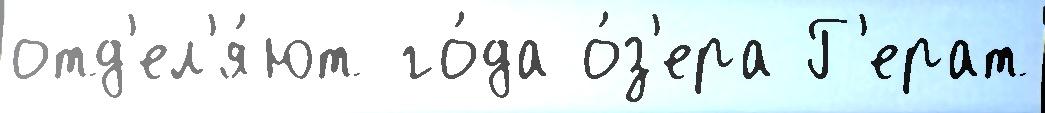
отд'ел'я́ют го́да о́з'ера Г'ерат